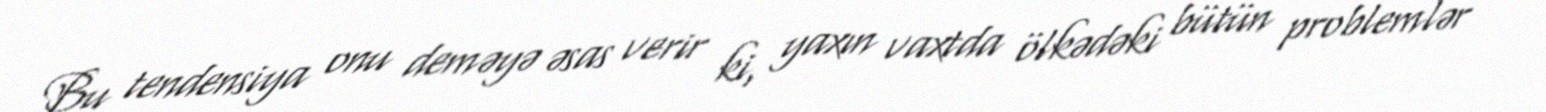
Bu tendensiya onu deməyə əsas verir ki, yaxın vaxtda ölkədəki bütün problemlər